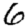
Digit: 6